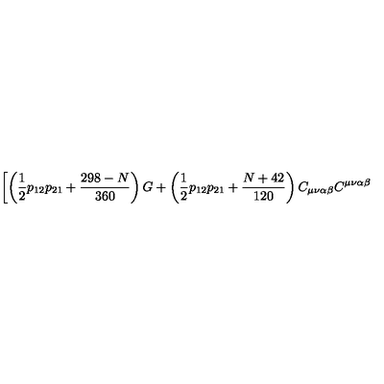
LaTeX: \left[ \left( \frac { 1 } { 2 } p _ { 1 2 } p _ { 2 1 } + \frac { 2 9 8 - N } { 3 6 0 } \right) G + \left( \frac { 1 } { 2 } p _ { 1 2 } p _ { 2 1 } + \frac { N + 4 2 } { 1 2 0 } \right) C _ { \mu \nu \alpha \beta } C ^ { \mu \nu \alpha \beta } \right.